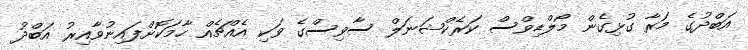
އަބްދުގެ މަރާ ގުޅިގެން މޯލްޑިވްސް ކަރެކްޝަނަލް ސާވިސްގެ ވަކި އެއްޗެއް ހާމަކޮށްފައިނުވާއިރު އަބްދު